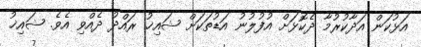
އަޅުކަން އަދާކުރުމާ ދެކޮޅަށް އުފުލުނު އަޑުތަކަށް ޝައިޚު ރައްދު ދެއްވި އެވެ. ޝައިޚު